Note on the mental hospitals in Burma - 1925-1940
Year: 1925
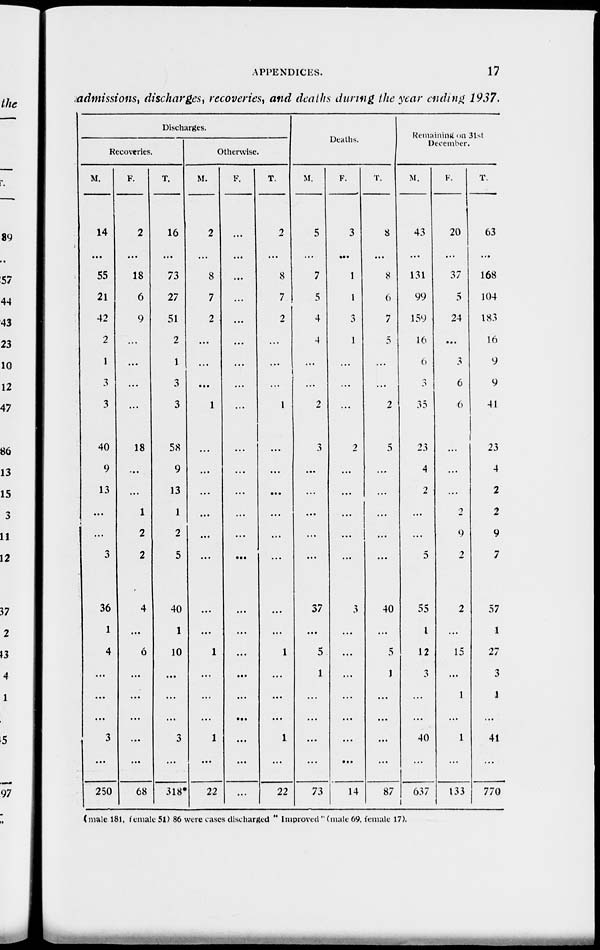
APPENDICES.
17
admissions, discharges, recoveries, and deaths during the year ending 1937.
Discharges.
Recoveries.
M.
14
...
55
21
42
2
1
3
3
40
9
13
...
...
3
36
1
4
...
...
...
3
...
250
F.
2
...
18
6
9
...
...
...
...
18
...
...
1
2
2
4
...
6
...
...
...
...
...
68
T.
16
...
73
27
51
2
1
3
3
58
9
13
1
2
5
40
1
10
...
...
...
3
...
318*
Otherwise.
M.
2
...
8
7
2
...
...
...
1
...
...
...
...
...
...
...
...
1
...
...
...
1
...
22
F.
...
...
...
...
...
...
...
...
...
...
...
...
...
...
...
...
...
...
...
...
...
...
...
...
T.
2
...
8
7
2
...
...
...
1
...
...
...
...
...
...
...
...
1
...
...
...
1
...
22
Deaths.
M.
5
...
7
5
4
4
...
...
2
3
...
...
...
...
...
37
...
5
1
...
...
...
...
73
F.
3
...
1
1
3
1
...
...
...
2
...
...
...
...
...
3
...
...
...
...
...
...
...
14
T.
8
...
8
6
7
5
...
...
2
5
...
...
...
...
...
40
...
5
1
...
...
...
...
87
Remaining on 31st
December.
M.
43
...
131
99
159
16
6
3
35
23
4
2
...
...
5
55
1
12
3
...
...
40
...
637
F.
20
...
37
5
24
...
3
6
6
...
...
...
2
9
2
2
...
15
...
1
...
1
...
133
T.
63
...
168
104
183
16
9
9
41
23
4
2
2
9
7
57
1
27
3
1
...
41
...
770
(male 181, female 51) 86 were cases discharged " Improved " (male 69, female 17).